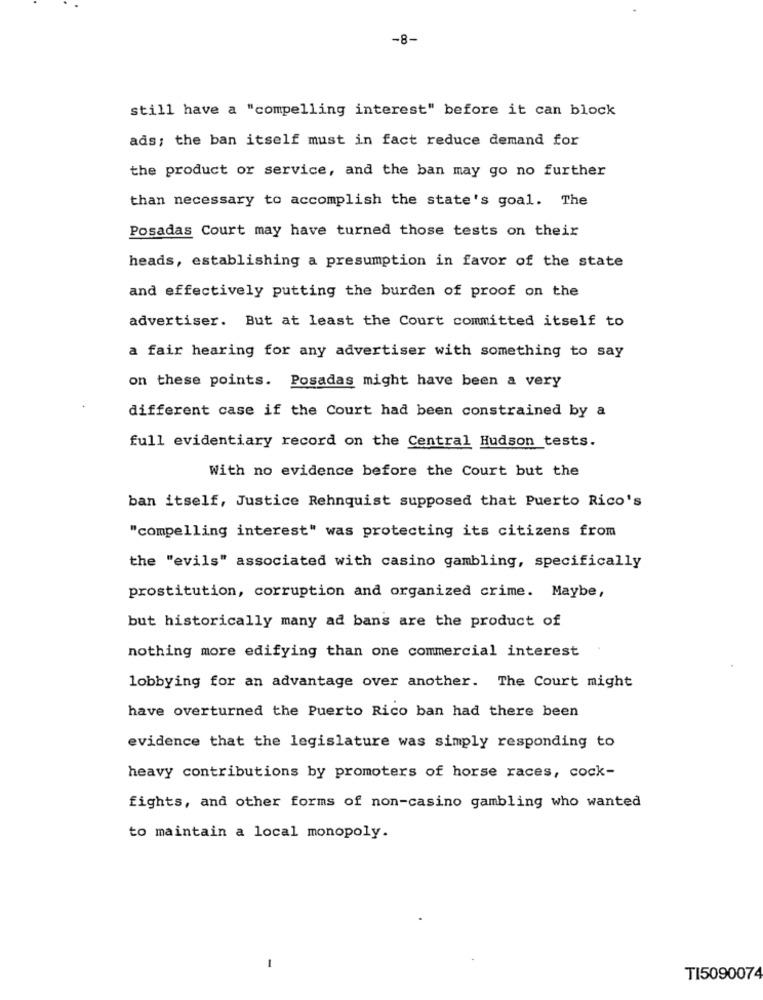
-8-
still have a "compelling interest" before it can block
ads; the ban itself must in fact reduce demand for
the product or service, and the ban may go no further
than necessary to accomplish the state's goal. The
Posadas Court may have turned those tests on their
heads, establishing a presumption in favor of the state
and effectively putting the burden of proof on the
advertiser. But at least the Court committed itself to
a fair hearing for any advertiser with something to say
on these points. Posadas might have been a very
different case if the Court had been constrained by a
full evidentiary record on the Central Hudson tests.
With no evidence before the Court but the
ban itself, Justice Rehnquist supposed that Puerto Rico's
"compelling interest" was protecting its citizens from
the "evils" associated with casino gambling, specifically
prostitution, corruption and organized crime. Maybe,
but historically many ad bans are the product of
nothing more edifying than one commercial interest
lobbying for an advantage over another. The Court might
have overturned the Puerto Rico ban had there been
evidence that the legislature was simply responding to
heavy contributions by promoters of horse races, cock-
fights, and other forms of non-casino gambling who wanted
to maintain a local monopoly.
TI5090074